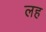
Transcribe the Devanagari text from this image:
लह